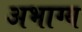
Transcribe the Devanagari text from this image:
अभाग्य